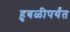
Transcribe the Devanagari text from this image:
हुबळीपर्यंत